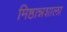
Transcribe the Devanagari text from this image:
मिष्ठान्नशाला